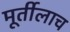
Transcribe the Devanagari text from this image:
मूर्तीलाच